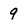
Character: 9